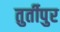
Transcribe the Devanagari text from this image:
तुर्तीपुर